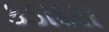
કડાદરા